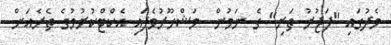
މެދުގައި "ފަޖުރު ތަރި" ގެ ނަމުން  މަޝްހޫރުވެފައި އެކްޓްކުރުމުގެ ތެރެއަށް